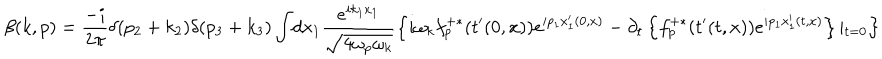
\beta ( k , p ) = \frac { - i } { 2 \pi } \delta ( p _ { 2 } + k _ { 2 } ) \delta ( p _ { 3 } + k _ { 3 } ) \int \! d x _ { 1 } \frac { e ^ { i k _ { 1 } x _ { 1 } } } { \sqrt { 4 \omega _ { p } \omega _ { k } } } \left\{ i \omega _ { k } f _ { p } ^ { + \ast } ( t ^ { \prime } ( 0 , x ) ) e ^ { i p _ { 1 } x _ { 1 } ^ { \prime } ( 0 , x ) } - \partial _ { t } \left\{ f _ { p } ^ { + \ast } ( t ^ { \prime } ( t , x ) ) e ^ { i p _ { 1 } x _ { 1 } ^ { \prime } ( t , x ) } \right\} \left| _ { t = 0 } \right. \right\}